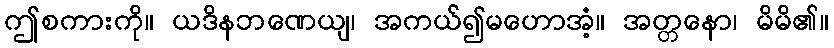
ဤစကားကို။ ယဒိနဘဏေယျ၊ အကယ်၍မဟောအံ့။ အတ္တနော၊ မိမိ၏။